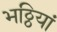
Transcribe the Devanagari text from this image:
भठ्ठियां